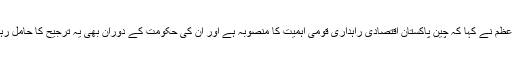
وزیراعظم نے کہا کہ چین پاکستان اقتصادی راہداری قومی اہمیت کا منصوبہ ہے اور ان کی حکومت کے دوران بھی یہ ترجیح کا حامل رہے گا۔